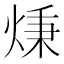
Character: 𤊔